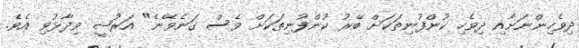
ދިވެހިންނަށާއި ދިވެހި ކުންފުނިތަކަށް ބޭރު ކުންފުނިތަކަށް ވެސް ގަނެވޭނެ" އަރުޝީ ވިދާޅުވި އެވެ.